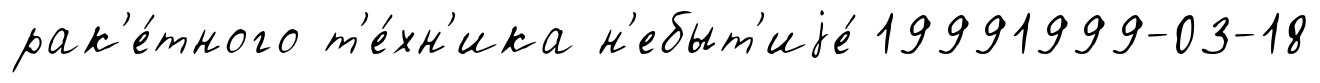
рак'е́тного т'е́хн'ика н'ебыт'иjе́ 19991999-03-18